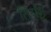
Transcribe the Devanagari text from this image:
तिर्यञ्च